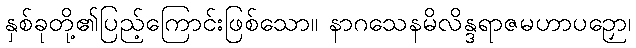
နှစ်ခုတို့၏ပြည့်ကြောင်းဖြစ်သော။ နာဂသေနမိလိန္ဒရာဇမဟာပဉှော၊